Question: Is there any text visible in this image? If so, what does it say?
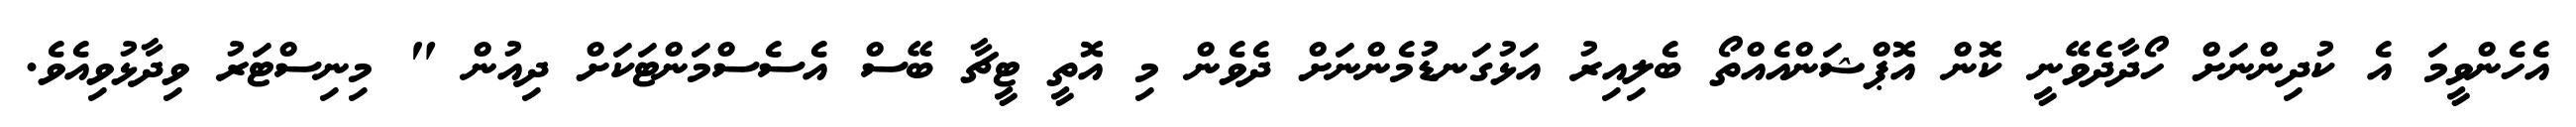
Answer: އެހެންވީމަ އެ ކުދިންނަށް ހޯދާދެވޭނީ ކޮން އޮޕްޝަންއެއްތޯ ބެލިއިރު އަޅުގަނޑުމެންނަށް ދެވެން މި އޮތީ ޓީޗާ ބޭސް އެސެސްމަންޓަކަށް ދިއުން " މިނިސްޓަރު ވިދާޅުވިއެވެ.